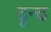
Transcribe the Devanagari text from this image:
ढून्ढ